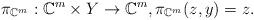
LaTeX: \begin{align*}\pi_{\mathbb{C}^m}:\mathbb{C}^m\times Y\rightarrow \mathbb{C}^m, \pi_{\mathbb{C}^m}(z,y)=z.\end{align*}